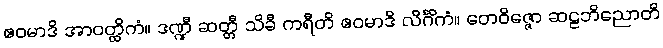
ဧဝမာဒိ အာဝတ္ထိကံ။ ဒဏ္ဍီ ဆတ္တီ သိခီ ကရီတိ ဧဝမာဒိ လိင်္ဂိကံ။ တေဝိဇ္ဇော ဆဠဘိညောတိ